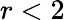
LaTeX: r<2